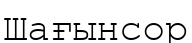
Шағынсор